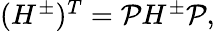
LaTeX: \begin{array}{r}{(H^{\pm})^{T}=\mathcal{P}H^{\pm}\mathcal{P},}\end{array}